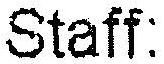
STAFF: